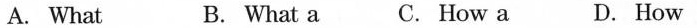
A. What B. What a C. How a D. How